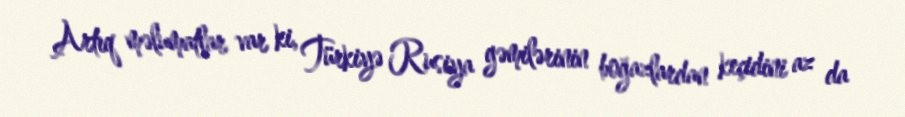
Artıq məlumatlar var ki, Türkiyə Rusiya gəmilərinin boğazlardan keçidini az da